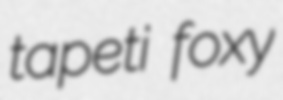
tapeti foxy